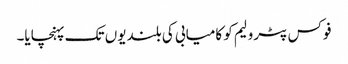
فوکس پٹرولیم کو کامیابی کی بلندیوں تک پہنچایا۔